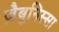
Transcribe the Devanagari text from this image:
ज़ैबुनिस्सा